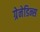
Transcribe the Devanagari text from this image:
ग्रेनेडिन्स